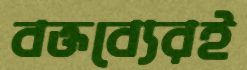
বক্তব্যেরই